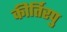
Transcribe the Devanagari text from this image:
कीर्तिरपु